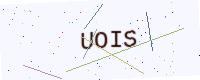
Text: UOIS